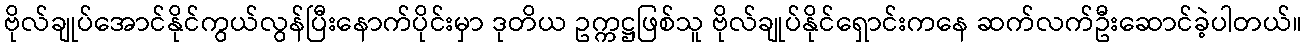
ဗိုလ်ချုပ်အောင်နိုင်ကွယ်လွန်ပြီးနောက်ပိုင်းမှာ ဒုတိယ ဥက္ကဋ္ဌဖြစ်သူ ဗိုလ်ချုပ်နိုင်ရှောင်းကနေ ဆက်လက်ဦးဆောင်ခဲ့ပါတယ်။